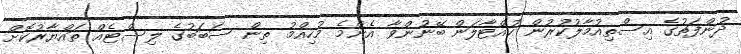
ދުންފަތުގެ އިސްތިއުމާލުކުރުން ހުއްޓާލަން ބޭނުންވާ އެންމެ މުހިއްމު ތިން ސަބަބުގެ ލިސްޓެއް ތައްޔާރުކޮށް